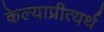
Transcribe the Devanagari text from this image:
केल्याप्रीत्यर्थ